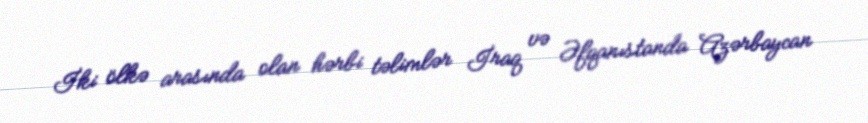
İki ölkə arasında olan hərbi təlimlər İraq və Əfqanıstanda Azərbaycan